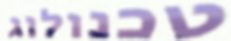
טכנולוג